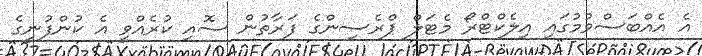
އެ އެއްބަސްވުމުގައި އިލެކްޓްރޯ މެޓަލް ޕްރެސިންގެ ފަރާތުން ސޮއި ކުރެއްވީ އެ ކުންފުނީގެ